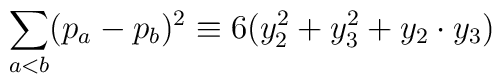
\sum _{a<b}   (p_a -p_b )^2   \equiv6 (y _2 ^2  + y_3 ^2  +  y_2 \cdot  y_3 )